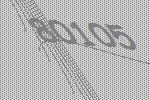
80105